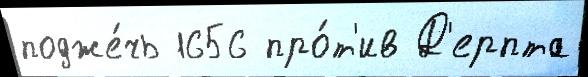
подже́чь 1656 про́т'ив Д'ерпта